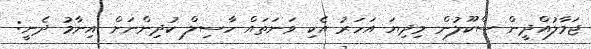
ޖަމާލުއްދީން ސްކޫލުން މިދިޔަ އަހަރު އެކި ވަނަތައް ހާސިލް ކުދިންނަށް އިނާމު ދެނީ: